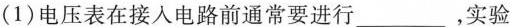
(1)电压表在接入电路前通常要进行___，实验